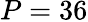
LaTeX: P=36